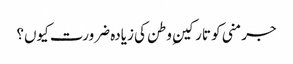
جرمنی کو تارکینِ وطن کی زیادہ ضرورت کیوں؟